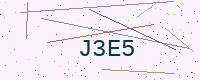
Text: J3E5